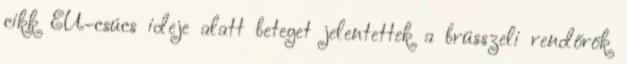
cikk EU-csúcs ideje alatt beteget jelentettek a brüsszeli rendőrök